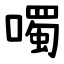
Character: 噣